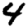
Digit: 4